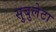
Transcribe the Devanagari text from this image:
सुबुलेटा